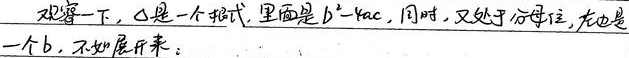
观察一下，\(\Delta\)是一个根式，里面是\(b^{2}-4ac\)，同时，又处于分母位，右边是一个\(b\)，不妨展开来：